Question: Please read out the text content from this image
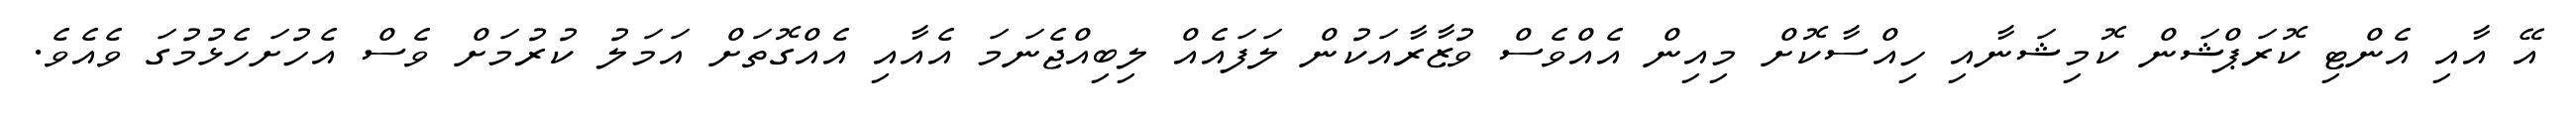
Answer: އޭ އާއި އެންޓި ކޮރަޕްޝަން ކޮމިޝަނާއި ހިއްސާކޮށް މިއިން އެއްވެސް ވުޒާރާއަކުން ލަފައެއް ލިބިއްޖެނަމަ އެއާއި އެއްގޮތަށް އަމަލު ކުރުމަށް ވެސް އެހުށަހެޅުމުގަ ވެއެވެ.